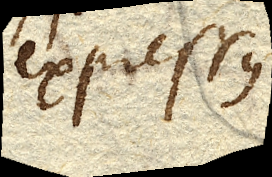
expressus